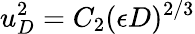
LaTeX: u_{D}^{2}=C_{2}(\epsilon D)^{2/3}